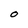
Character: O